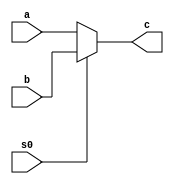



module to_one_mux (a,b,s0,c);

	input a;
	input b,s0;
	output c;
	reg c;
	//assign c = s0&b | ~s0&a;
	
	always @(a,b,s0)
    begin
        if(s0 == 0) 
            c = a;  //when select signal to the mux is low
        else
            c = b;  //when select signal to the mux is high
    end
	
endmodule